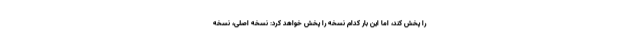
را پخش کند، اما این بار کدام نسخه را پخش خواهد کرد: نسخه اصلی، نسخه